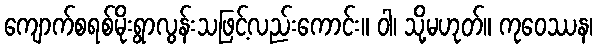
ကျောက်စရစ်မိုးရွာလွန်းသဖြင့်လည်းကောင်း။ ဝါ၊ သို့မဟုတ်။ ကုဝေဿန၊